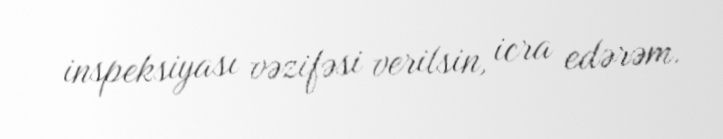
inspeksiyası vəzifəsi verilsin, icra edərəm.